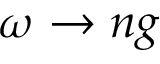
\omega \to n g